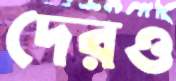
দেরও